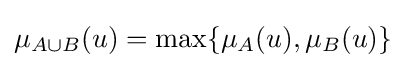
\mu _{A\cup B}(u)=\max\{\mu _{A}(u),\mu _{B}(u)\}